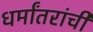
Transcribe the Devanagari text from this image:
धर्मांतरांची